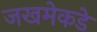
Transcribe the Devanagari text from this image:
जखमेकडे